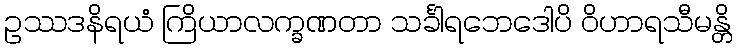
ဥဿဒနိရယံ ကြိယာလက္ခဏတာ သင်္ခါရဘေဒေါပိ ဝိဟာရသီမန္တိ